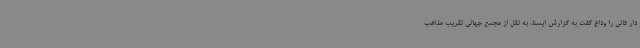
دار فانی را وداع گفت به گزارش ایسنا، به نقل از مجمع جهانی تقریب مذاهب